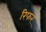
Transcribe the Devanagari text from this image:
रिफर